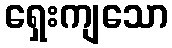
ရှေးကျသော